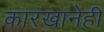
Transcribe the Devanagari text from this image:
कारखानेही